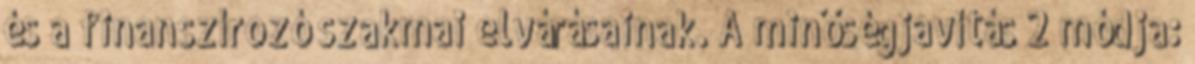
és a finanszírozó szakmai elvárásainak. A minőségjavítás 2 módja: